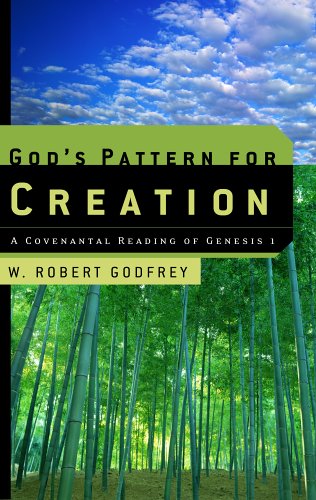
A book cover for God's Pattern for Creation: A Covenantal Reading of Genesis 1; W. Robert Godfrey; Christian Books & Bibles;